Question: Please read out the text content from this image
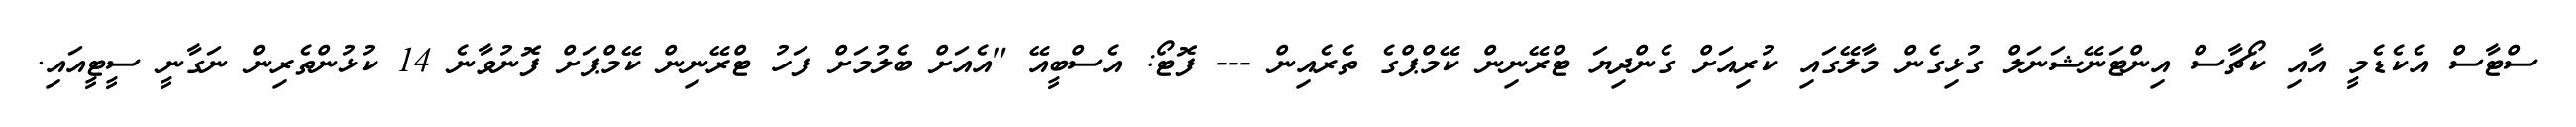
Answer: ސްޓާސް އެކެޑެމީ އާއި ކޯޗާސް އިންޓަނޭޝަނަލް ގުޅިގެން މާލޭގައި ކުރިއަށް ގެންދިޔަ ޓްރޭނިން ކޭމްޕްގެ ތެރެއިން --- ފޮޓޯ: އެސްބީއޭ "އެއަށް ބެލުމަށް ފަހު ޓްރޭނިން ކޭމްޕަށް ފޮނުވާނެ 14 ކުޅުންތެރިން ނަގާނީ ސީޓީއައި.